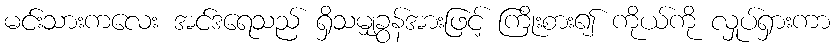
မင်းသားကလေး အင်ဒရေသည် ရှိသမျှခွန်အားဖြင့် ကြိုးစား၍ ကိုယ်ကို လှုပ်ရှားကာ